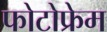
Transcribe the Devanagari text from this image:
फोटोफ्रेम